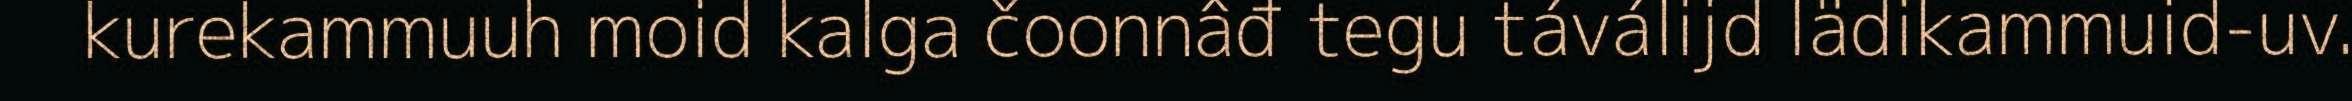
kurekammuuh moid kalga čoonnâđ tegu táválijd lädikammuid-uv.